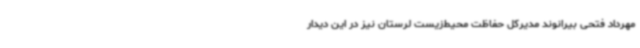
مهرداد فتحی بیرانوند مدیرکل حفاظت محیط‌زیست لرستان نیز در این دیدار